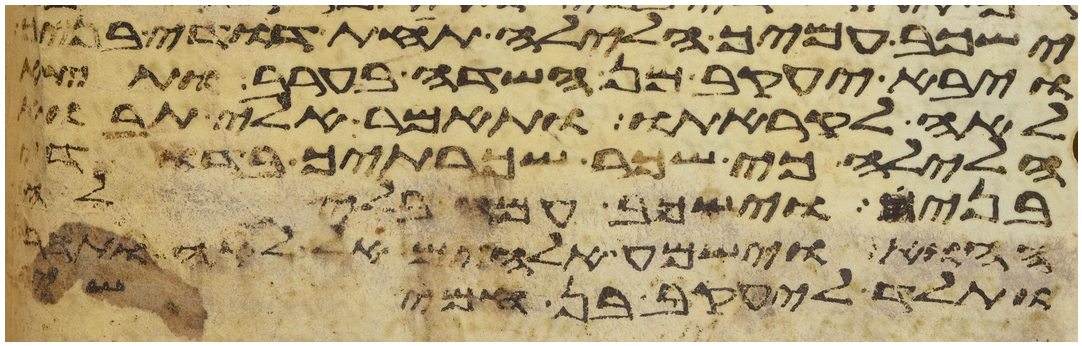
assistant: ישכב עמיך הלילה תחת דודי בניך
ויבא יעקב מן השדה בערב ותצא
לאה לקראתו ותאמר אלי תבוא
הלילה כי שכר שכרתיך בדודי
בני וישכב עמה בלילה
ההוא וישמע אלהים אל לאה ותהר
ותלד ליעקב בן חמישי